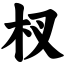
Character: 杈